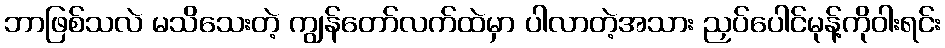
ဘာဖြစ်သလဲ မသိသေးတဲ့ ကျွန်တော်လက်ထဲမှာ ပါလာတဲ့အသား ညှပ်ပေါင်မုန့်ကိုဝါးရင်း